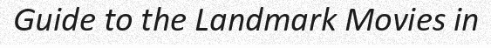
Guide to the Landmark Movies in